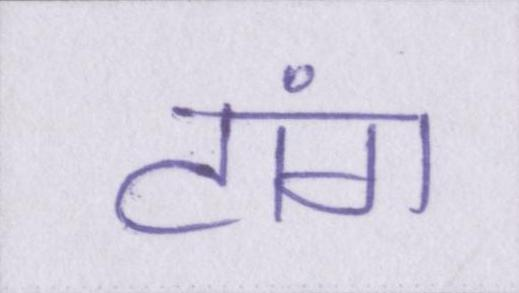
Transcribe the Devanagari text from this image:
टांग